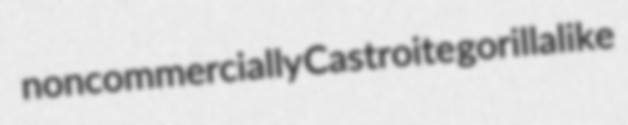
noncommercially Castroite gorillalike